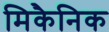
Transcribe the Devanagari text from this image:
मिकैनिक